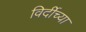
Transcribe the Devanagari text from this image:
विर्दीच्या